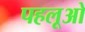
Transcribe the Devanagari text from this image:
पहलूओ